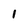
Character: 1